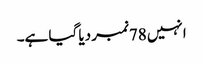
انہیں 78نمبر دیا گیا ہے۔